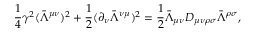
\frac { 1 } { 4 } \gamma ^ { 2 } ( \bar { \Lambda } ^ { \mu \nu } ) ^ { 2 } + \frac { 1 } { 2 } ( \partial _ { \nu } \bar { \Lambda } ^ { \nu \mu } ) ^ { 2 } = \frac { 1 } { 2 } \bar { \Lambda } _ { \mu \nu } D _ { \mu \nu \rho \sigma } \bar { \Lambda } ^ { \rho \sigma } ,